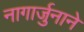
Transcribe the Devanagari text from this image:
नागार्जुनाने